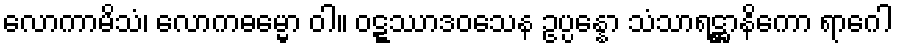
လောကာမိသံ၊ လောကဓမ္မော ဝါ။ ဝဋ္ဋဿာဒဝသေန ဥပ္ပန္နော သံသာရဋ္ဌာနိကော ရာဂေါ